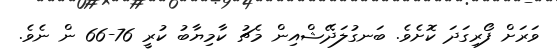
ވަރަށް ފޯރިގަދަ ކޮށެވެ. ބަނގުލަދޭޝްއިން މެޗު ކާމިޔާބު ކުރީ 76-66 ން ނެވެ.